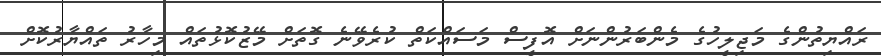
ރައްޔިތުންގެ މަޖިލީހުގެ މެންބަރުންނަށް އޮފީސް މަސައްކަތް ކުރެވޭނެ ގޮތަށް މޭޒުކޮޅުތައް މިހާރު ތައްޔާރުކޮށް